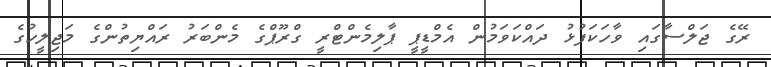
ރޭގެ ޖަލްސާގައި ވާހަކަފުޅު ދައްކަވަމުން އެމްޑީޕީ ޕާލިމެންޓްރީ ގްރޫޕްގެ މެންބަރު ރައްޔިތުންގެ މަޖިލީހުގެ